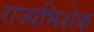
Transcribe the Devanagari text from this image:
राज्यभिशेक